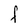
Character: F